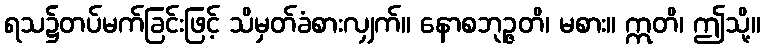
ရသ၌တပ်မက်ခြင်းဖြင့် သိမှတ်ခံစားလျှက်။ နောစဘုဉ္ဇတိ၊ မစား။ ဣတိ၊ ဤသို့။